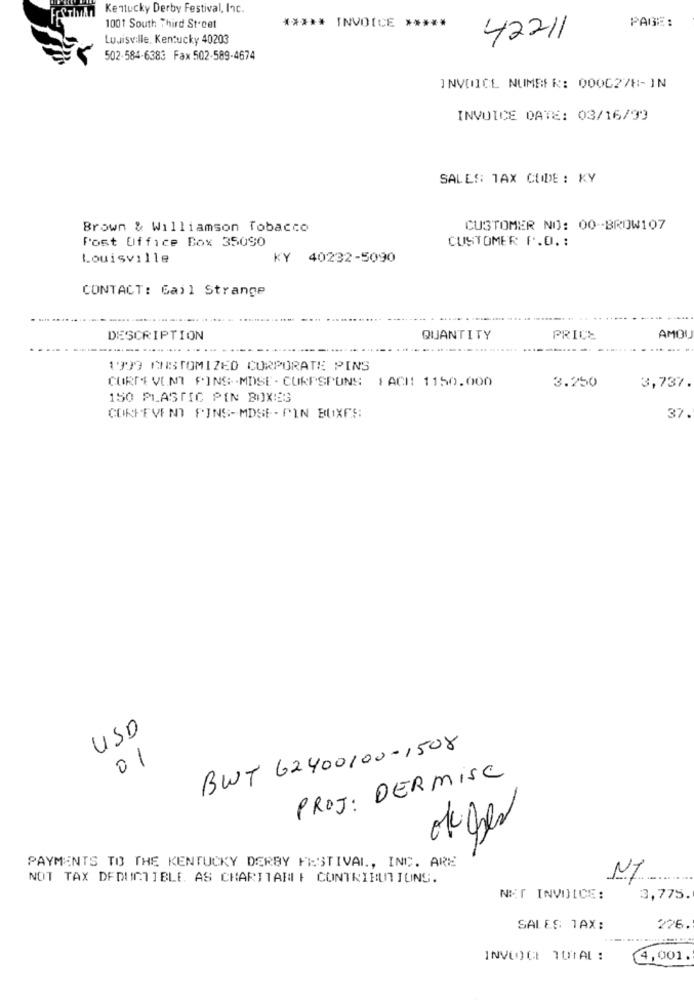
Kentucky Derby Festival, Inc.
1001 South Third St.cet
***** INVOICE *****
PAIGE :
Louisville, Kentucky 40203
42211
502-584-6383 Fax 502-589-4674
INVOICE NUMBER: 0006278- IN
INVOICE DATE: 03/16/99
SALES TAX CODE: KY
Brown & Williamson Tobacco
CUSTOMER NO: 00-BROW107
Post Office Box 35090
CUSTOMER P.O .:
Louisville
KY 40232-5090
CONTACT: Gail Strange
DESCRIPTION
QUANTITY
PRICE
AMOI
. .
1999 QUIBIOMIZED CORPORATE PINS
CORDE VONT FINS.MDSE- CURPSPONS FACH! 1150.000
3.250
3,737.
150 PLASTIC PIN BOXES
CORPEVENT FINS-MDSE- PIN BOXES:
37.
USD
BWT 62400100-1508
01
PROJ: DERMISC
okges
PAYMENTS TO THE KENTUCKY DERBY FESTIVAL ., INC. ARE
NOT TAX DEDUCTIBLE. AS CHARTTARIF CONTRIBUTIONS.
.......
NET INVOICE:
3,775.
SALES TAX:
226.
INVOICE TUTAL :
4,001.